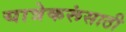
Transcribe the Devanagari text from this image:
यात्रेकरूंसाठी